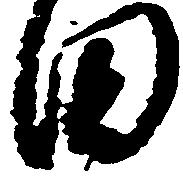
田